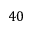
4 0